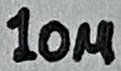
Text: 10µ